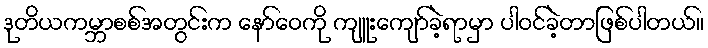
ဒုတိယကမ္ဘာစစ်အတွင်းက နော်ဝေကို ကျူးကျော်ခဲ့ရာမှာ ပါဝင်ခဲ့တာဖြစ်ပါတယ်။